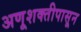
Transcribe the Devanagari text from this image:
अणूशक्तीपासून